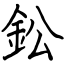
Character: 鈆